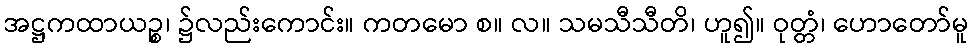
အဋ္ဌကထာယဉ္စ၊ ၌လည်းကောင်း။ ကတမော စ။ လ။ သမသီသီတိ၊ ဟူ၍။ ဝုတ္တံ၊ ဟောတော်မူ